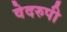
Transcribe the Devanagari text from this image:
वेदरुपी